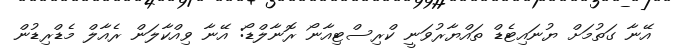
އޭނާ ގަތުމަށް ޔުނައިޓެޑް ތައްޔާރުވަނީ ކްރިސްޓިއާނޯ ރޮނާލްޑޯ: އޭނާ ވިއްކާލަން ރެއާލް މެޑްރިޑުން